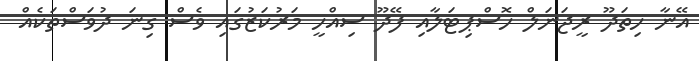
އޭނާ ހިތަދޫ ރީޖަނަލް ހޮސްޕިޓަލާއި ފޭދޫ ސިއްހީ މަރުކަޒުގައި ވެސް ގިނަ ދުވަސްތަކެއް